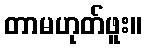
တာမဟုတ်ဖူး။